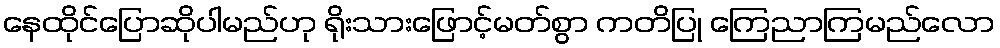
နေထိုင်ပြောဆိုပါမည်ဟု ရိုးသားဖြောင့်မတ်စွာ ကတိပြု ကြေညာကြမည်လော